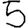
Digit: 5